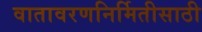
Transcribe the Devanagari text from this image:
वातावरणनिर्मितीसाठी